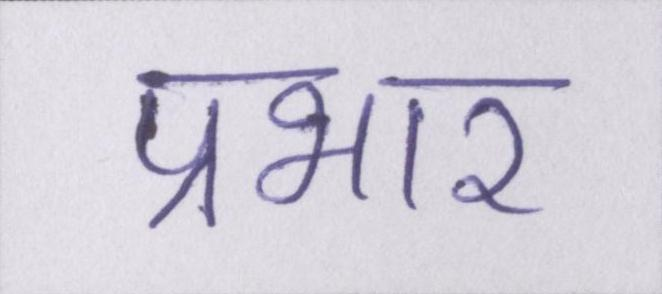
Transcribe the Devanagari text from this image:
प्रभार